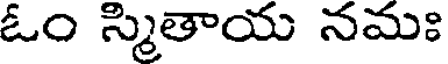
ఓం స్మితాయ నమః